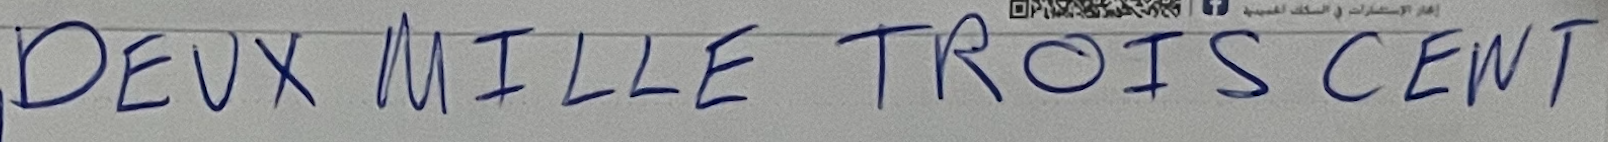
DEUX MILLE TROIS CENT